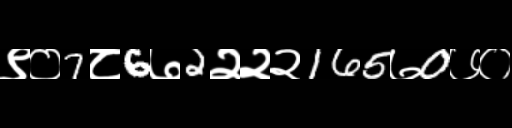
Text: ९०7८6७2२२२165७0७०